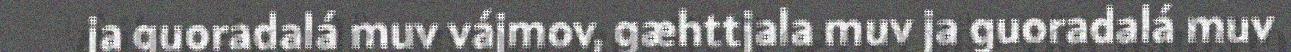
ja guoradalá muv vájmov, gæhttjala muv ja guoradalá muv